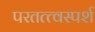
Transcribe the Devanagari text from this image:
परतत्त्वस्पर्श